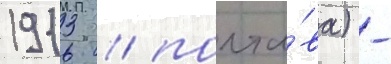
1913 / полта́ва) -